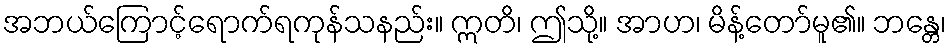
အဘယ်ကြောင့်ရောက်ရကုန်သနည်း။ ဣတိ၊ ဤသို့။ အာဟ၊ မိန့်တော်မူ၏။ ဘန္တေ၊